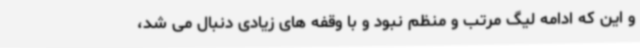
و این که ادامه لیگ مرتب و منظم نبود و با وقفه های زیادی دنبال می شد،